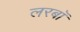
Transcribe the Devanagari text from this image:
लरबॉ